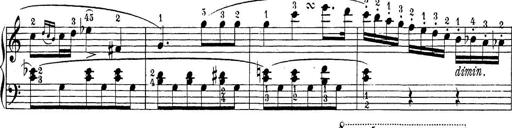
Title: Sonatina Album
Composer: Louis KÃ¶hler